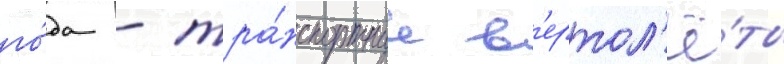
го́да - тра́нспортные в'ертол'ё́ты